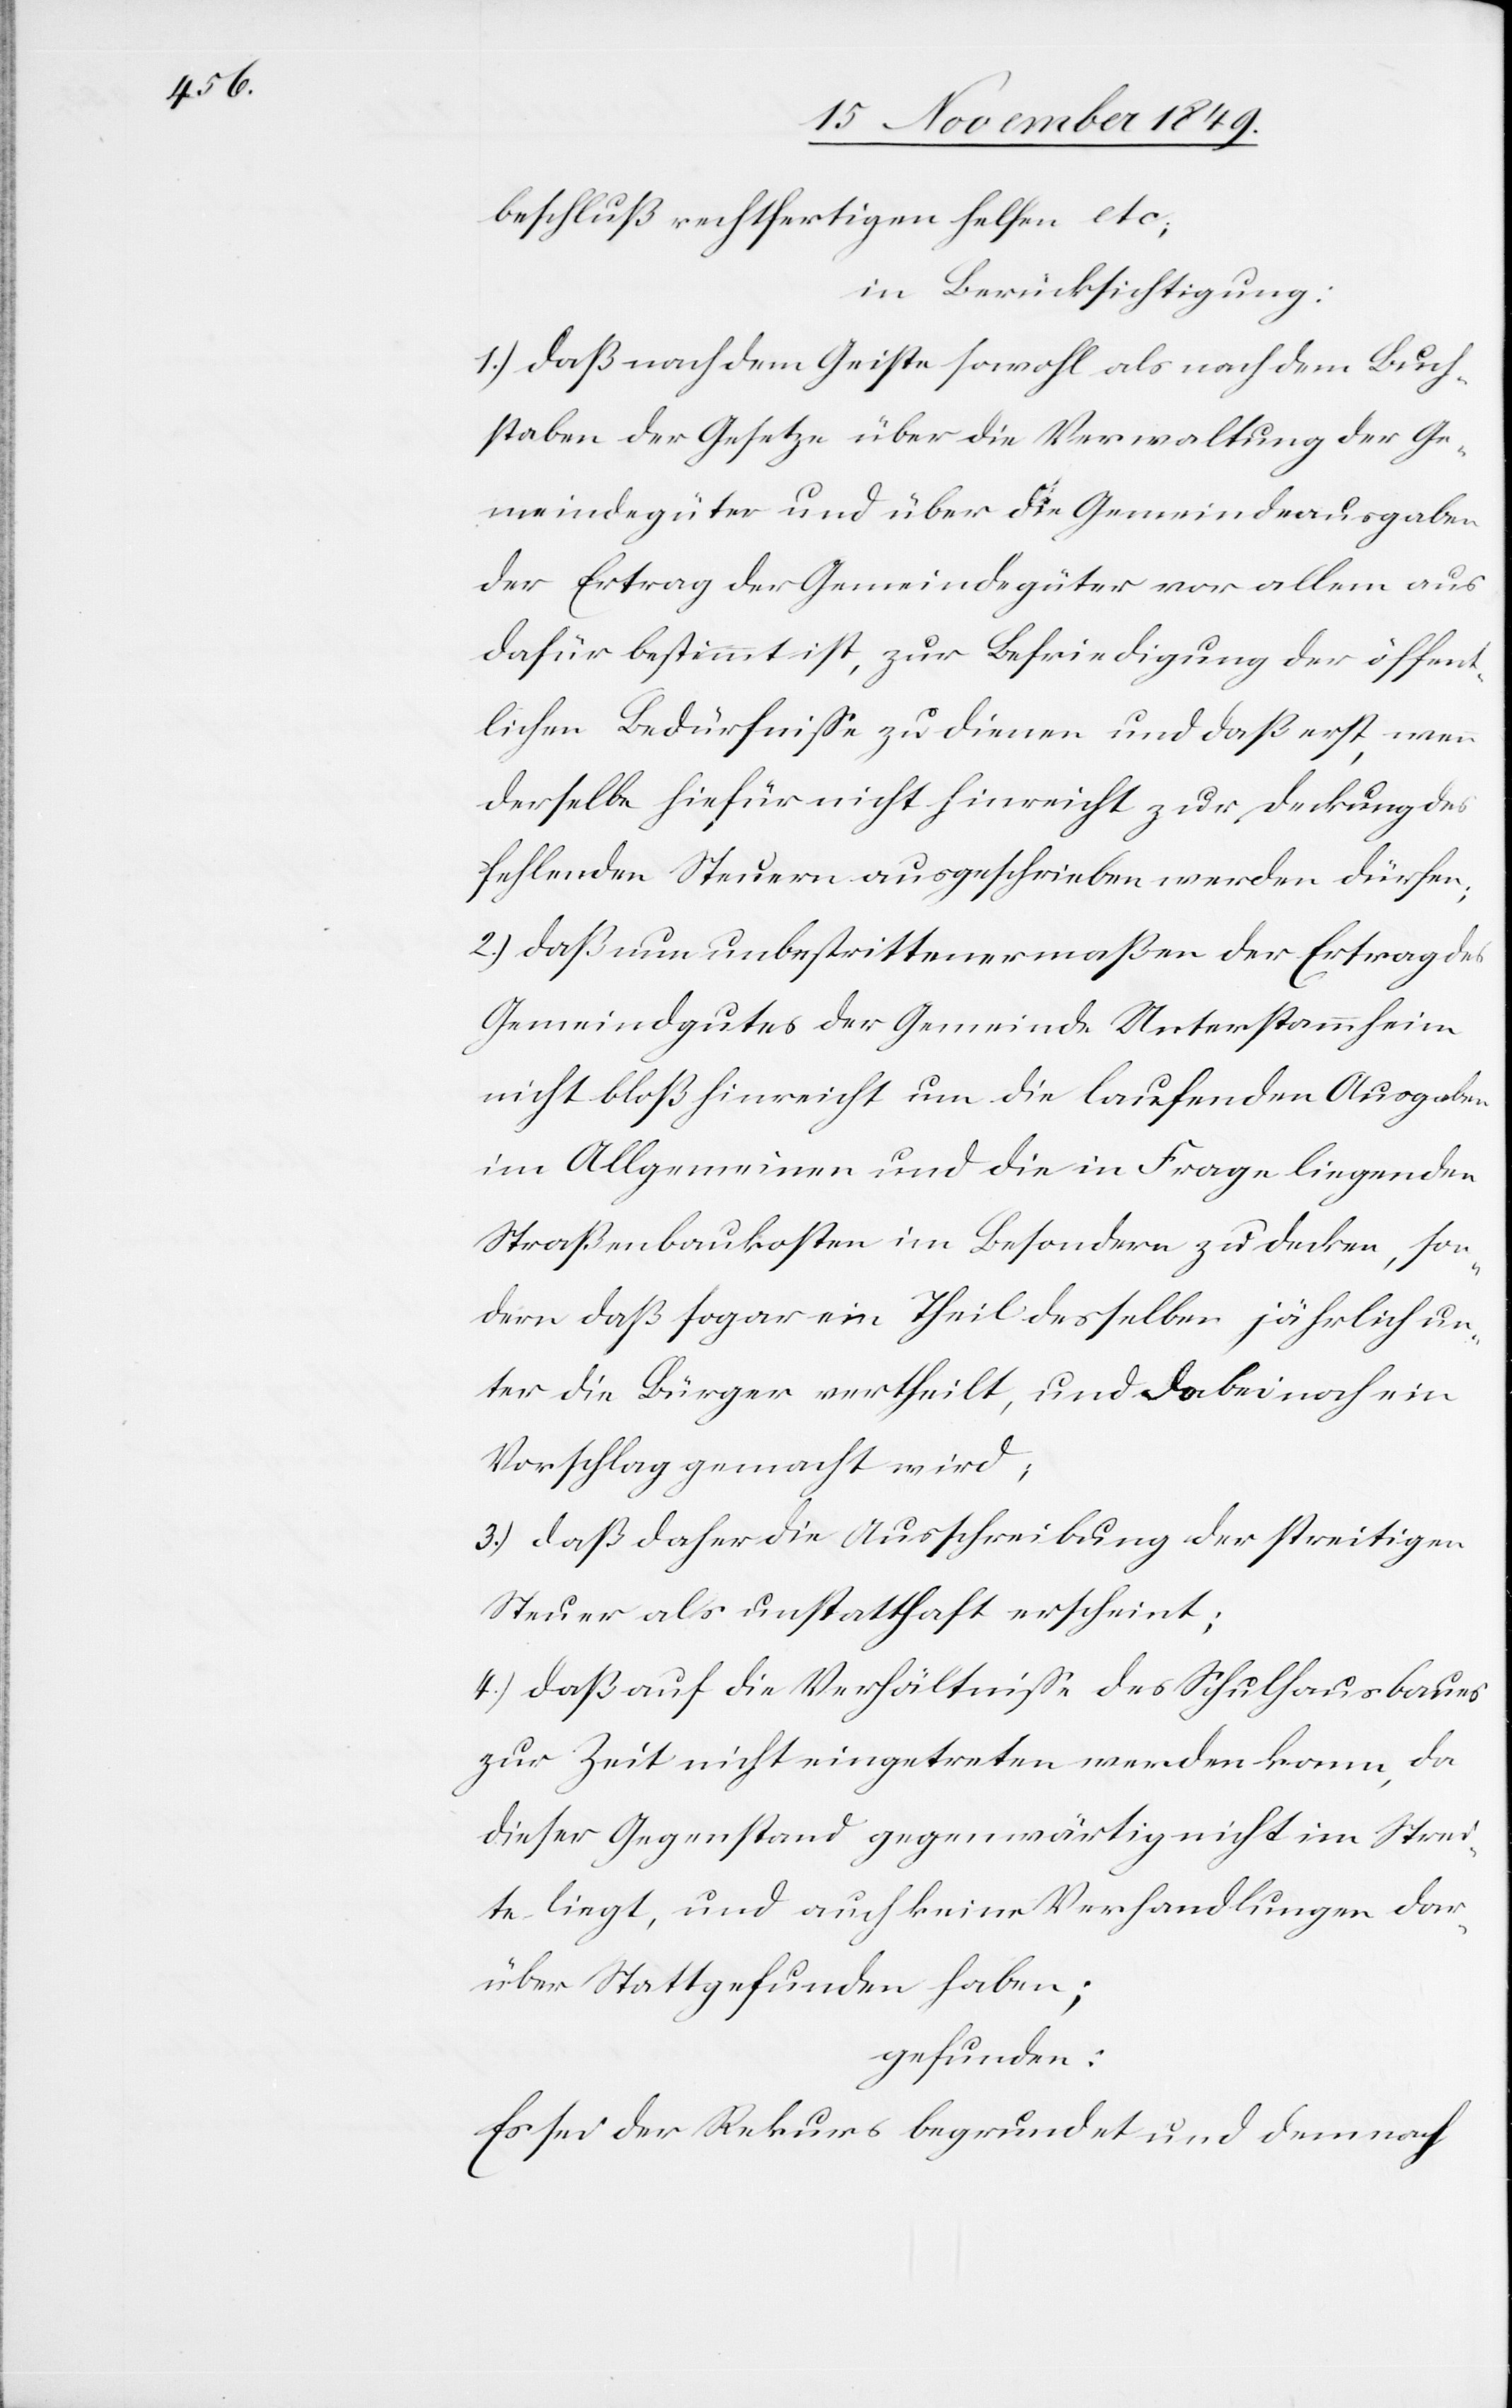
beschluß rechtfertigen helfen etc;
in Berücksichtigung:
1.) daß nach dem Geiste sowohl als nach dem Buch¬
staben der Gesetze über die Verwaltung der Ge¬
meindsgüter und über die Gemeindsausgaben
der Ertrag der Gemeindsgüter vor allem aus
dafür bestimmt ist, zur Befriedung der öffent¬
lichen Bedürfniße zu dienen und daß erst, wenn
derselbe hiefür nicht hinreicht zur Deckung der
fehlenden Steuern ausgeschrieben werden dürfen;
2.) daß neu unbestrittenermaßen der Ertrag des
Gemeindgutes der Gemeinde Unterstammheim
nicht bloß hinreicht um die laufenden Ausgaben
im Allgemeinen und die in Frage liegenden
Straßenbaukosten im Besondern zu decken, son¬
dern daß sogar ein Theil desselben jährlich un¬
ter die Bürger vertheilt, und dabei noch ein
Vorschlag gemacht wird;
3.) daß daher die Ausschreibung der streitigen
Steuer als unstatthaft erscheint;
4.) daß auf die Verhältniße des Schulhausbaues
zur Zeit nicht eingetreten werden kann, da
dieser Gegenstand gegenwärtig nicht im Strei¬
te liegt, und auch keine Verhandlungen dar¬
über Stattgefunden haben;
gefunden:
Es sei der Rekurs begründet und demnach